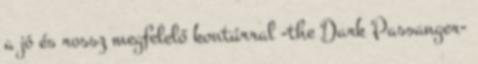
a jó és rossz megfelelő kontúrral -the Dark Passanger-